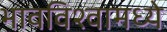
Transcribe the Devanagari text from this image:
भावविश्वामध्ये